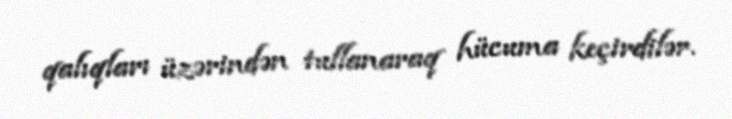
qalıqları üzərindən tullanaraq hücuma keçirdilər.